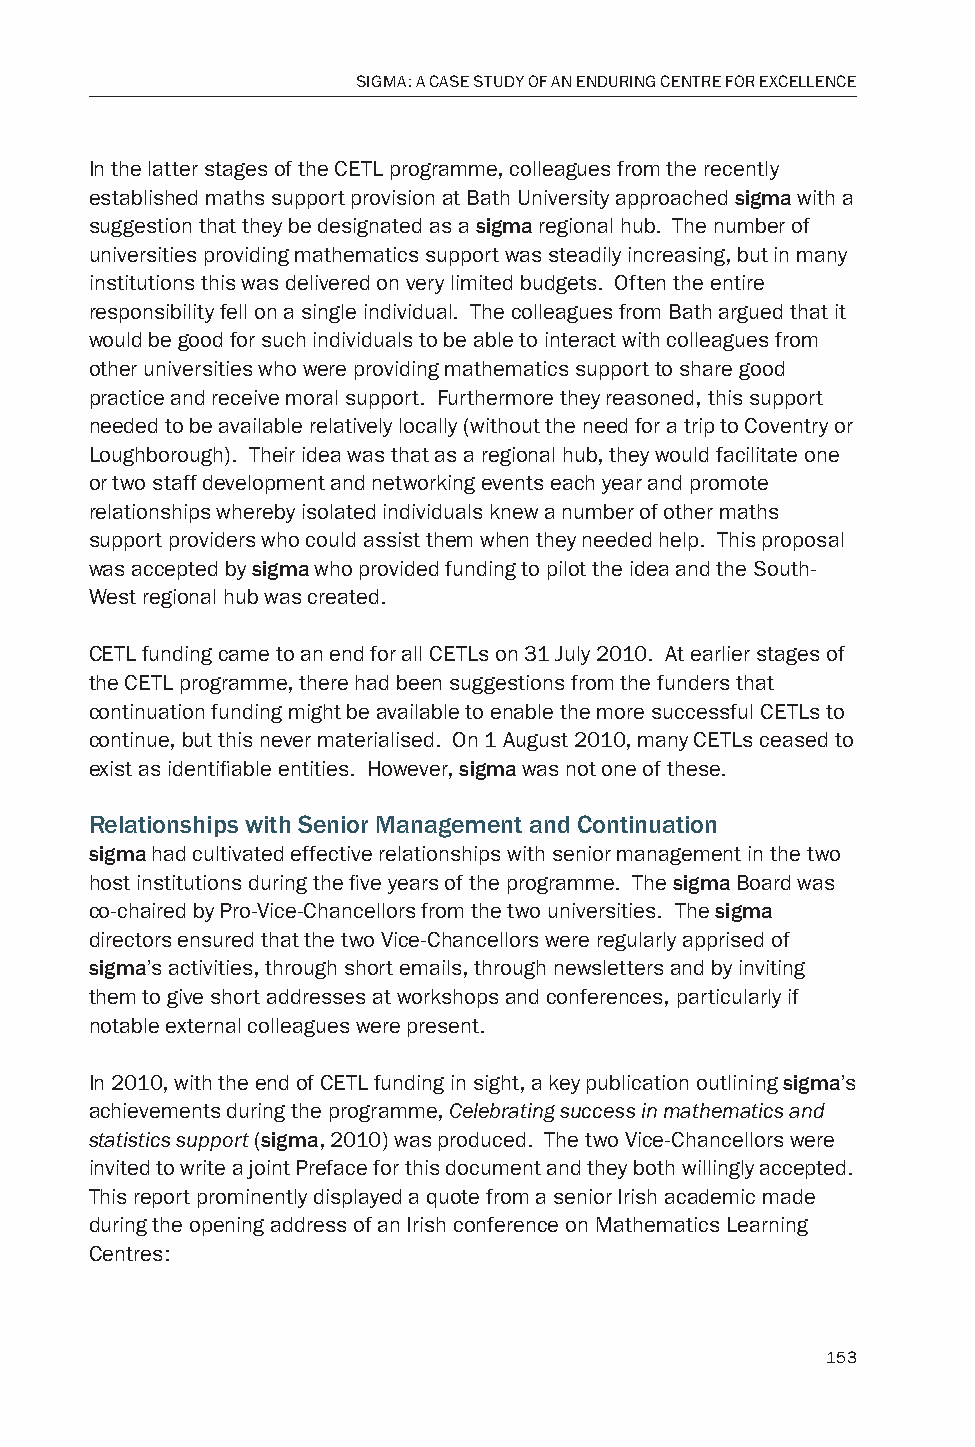
SIGMA: A CASE STUDY OF AN ENDURING CENTRE FOR EXCELLENCE
 In the latter stages of the CETL programme, colleagues from the recently
 established maths support provision at Bath University approached sigma with a
 suggestion that they be designated as a sigma regional hub. The number of
 universities providing mathematics support was steadily increasing, but in many
 institutions this was delivered on very limited budgets. Often the entire
 responsibility fell on a single individual. The colleagues from Bath argued that it
 would be good for such individuals to be able to interact with colleagues from
 other universities who were providing mathematics support to share good
 practice and receive moral support. Furthermore they reasoned, this support
 needed to be available relatively locally (without the need for a trip to Coventry or
 Loughborough). Their idea was that as a regional hub, they would facilitate one
 or two staff development and networking events each year and promote
 relationships whereby isolated individuals knew a number of other maths
 support providers who could assist them when they needed help. This proposal
 was accepted by sigma who provided funding to pilot the idea and the South-
 West regional hub was created.
 CETL funding came to an end for all CETLs on 31 July 2010. At earlier stages of
 the CETL programme, there had been suggestions from the funders that
 continuation funding might be available to enable the more successful CETLs to
 continue, but this never materialised. On 1 August 2010, many CETLs ceased to
 exist as identifiable entities. However, sigma was not one of these.
 Relationships with Senior Management and Continuation
 sigma had cultivated effective relationships with senior management in the two
 host institutions during the five years of the programme. The sigma Board was
 co-chaired by Pro-Vice-Chancellors from the two universities. The sigma
 directors ensured that the two Vice-Chancellors were regularly apprised of
 sigma’s activities, through short emails, through newsletters and by inviting
 them to give short addresses at workshops and conferences, particularly if
 notable external colleagues were present.
 In 2010, with the end of CETL funding in sight, a key publication outlining sigma’s
 achievements during the programme, Celebrating success in mathematics and
 statistics support (sigma, 2010) was produced. The two Vice-Chancellors were
 invited to write a joint Preface for this document and they both willingly accepted.
 This report prominently displayed a quote from a senior Irish academic made
 during the opening address of an Irish conference on Mathematics Learning
 Centres:
 153